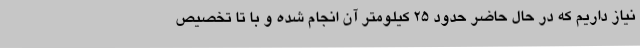
نیاز داریم که در حال حاضر حدود 25 کیلومتر آن انجام شده و با تا تخصیص